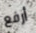
أرفع